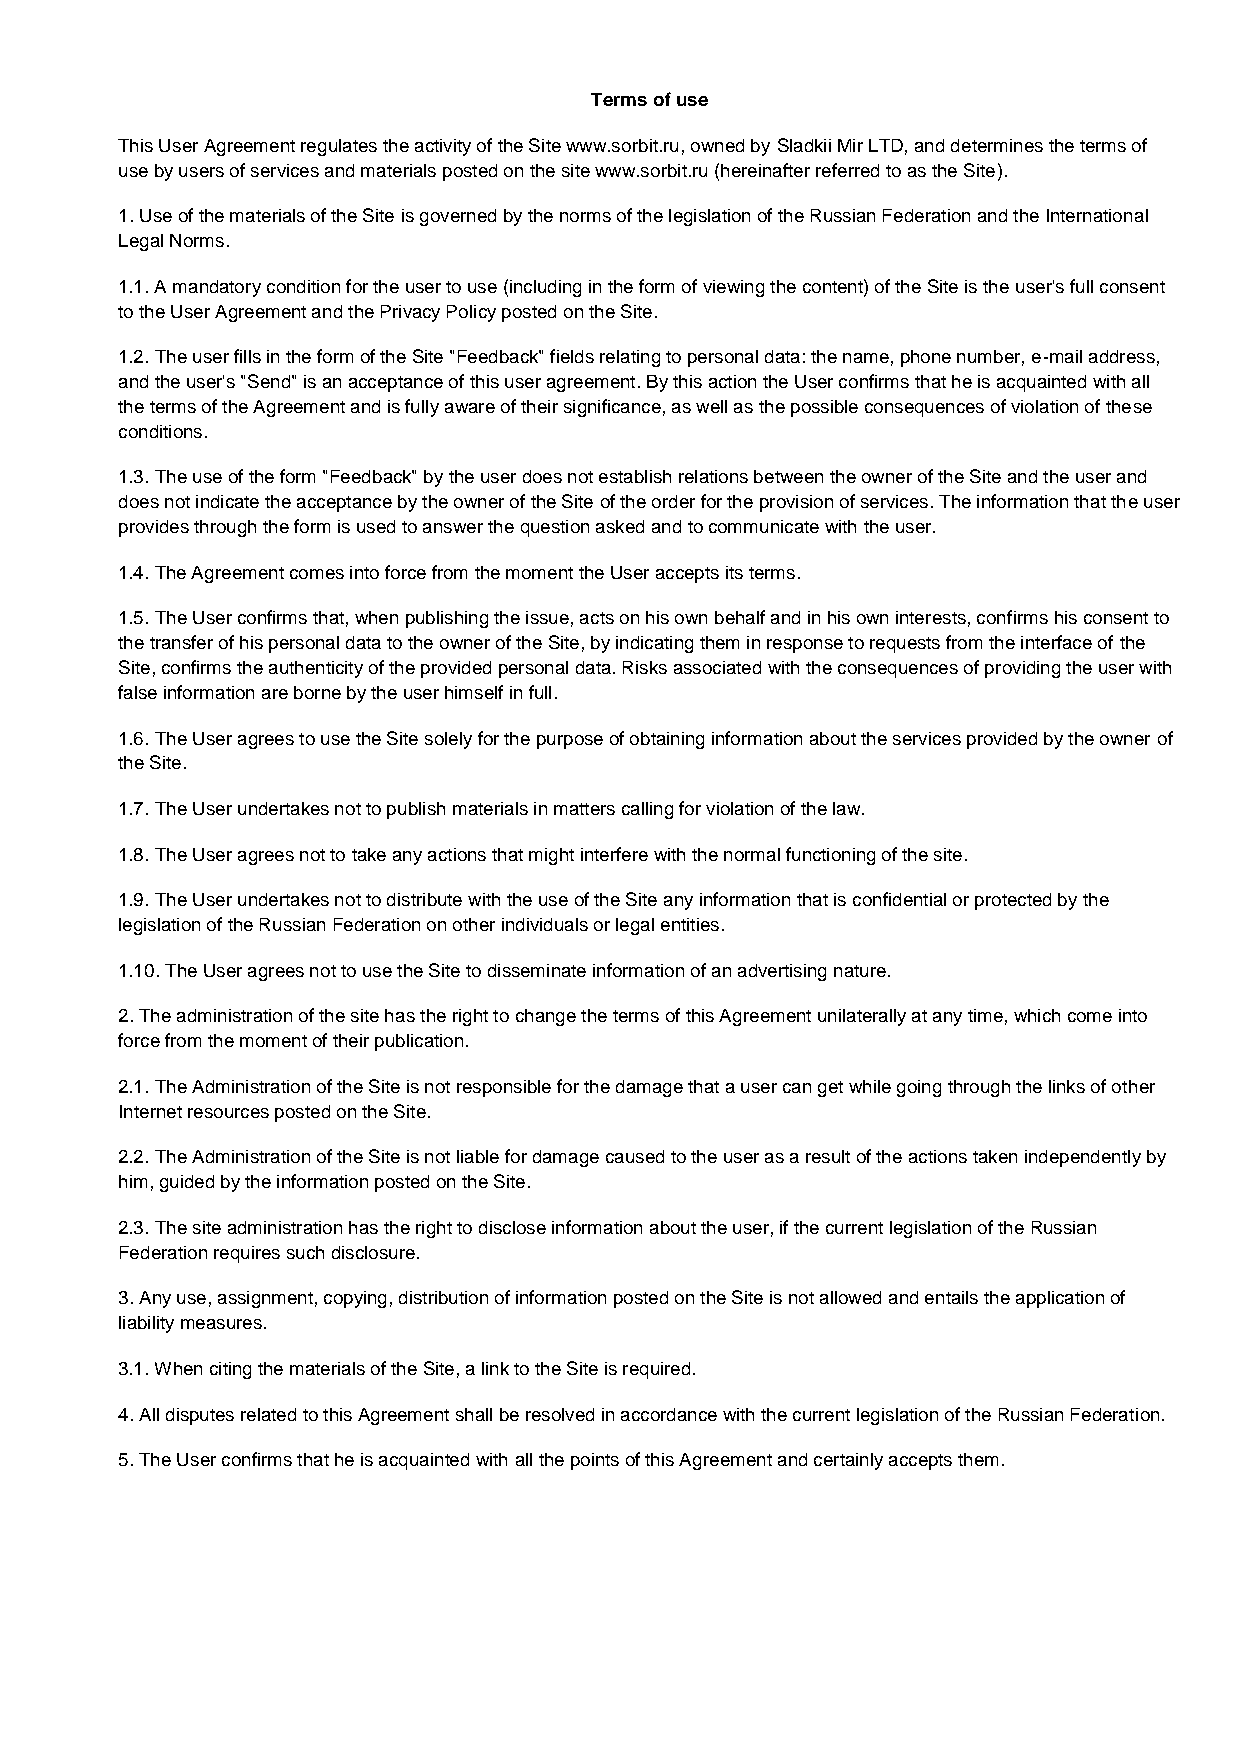
Terms of use
 This User Agreement regulates the activity of the Site www.sorbit.ru, owned by Sladkii Mir LTD, and determines the terms of
 use by users of services and materials posted on the site www.sorbit.ru (hereinafter referred to as the Site).
 1. Use of the materials of the Site is governed by the norms of the legislation of the Russian Federation and the International
 Legal Norms.
 1.1. A mandatory condition for the user to use (including in the form of viewing the content) of the Site is the user's full consent
 to the User Agreement and the Privacy Policy posted on the Site.
 1.2. The user fills in the form of the Site "Feedback" fields relating to personal data: the name, phone number, e-mail address,
 and the user's "Send" is an acceptance of this user agreement. By this action the User confirms that he is acquainted with all
 the terms of the Agreement and is fully aware of their significance, as well as the possible consequences of violation of these
 conditions.
 1.3. The use of the form "Feedback" by the user does not establish relations between the owner of the Site and the user and
 does not indicate the acceptance by the owner of the Site of the order for the provision of services. The information that the user
 provides through the form is used to answer the question asked and to communicate with the user.
 1.4. The Agreement comes into force from the moment the User accepts its terms.
 1.5. The User confirms that, when publishing the issue, acts on his own behalf and in his own interests, confirms his consent to
 the transfer of his personal data to the owner of the Site, by indicating them in response to requests from the interface of the
 Site, confirms the authenticity of the provided personal data. Risks associated with the consequences of providing the user with
 false information are borne by the user himself in full.
 1.6. The User agrees to use the Site solely for the purpose of obtaining information about the services provided by the owner of
 the Site.
 1.7. The User undertakes not to publish materials in matters calling for violation of the law.
 1.8. The User agrees not to take any actions that might interfere with the normal functioning of the site.
 1.9. The User undertakes not to distribute with the use of the Site any information that is confidential or protected by the
 legislation of the Russian Federation on other individuals or legal entities.
 1.10. The User agrees not to use the Site to disseminate information of an advertising nature.
 2. The administration of the site has the right to change the terms of this Agreement unilaterally at any time, which come into
 force from the moment of their publication.
 2.1. The Administration of the Site is not responsible for the damage that a user can get while going through the links of other
 Internet resources posted on the Site.
 2.2. The Administration of the Site is not liable for damage caused to the user as a result of the actions taken independently by
 him, guided by the information posted on the Site.
 2.3. The site administration has the right to disclose information about the user, if the current legislation of the Russian
 Federation requires such disclosure.
 3. Any use, assignment, copying, distribution of information posted on the Site is not allowed and entails the application of
 liability measures.
 3.1. When citing the materials of the Site, a link to the Site is required.
 4. All disputes related to this Agreement shall be resolved in accordance with the current legislation of the Russian Federation.
 5. The User confirms that he is acquainted with all the points of this Agreement and certainly accepts them.